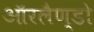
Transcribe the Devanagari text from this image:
ऑरलैण्डो